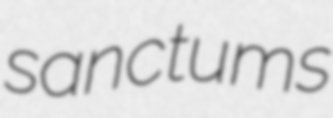
sanctums